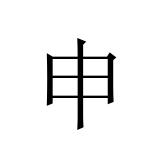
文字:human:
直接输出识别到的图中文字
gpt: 申